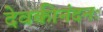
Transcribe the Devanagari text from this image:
देवकीनंदनः